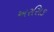
અરસિક